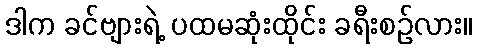
ဒါက ခင်ဗျားရဲ့ ပထမဆုံးထိုင်း ခရီးစဉ်လား။